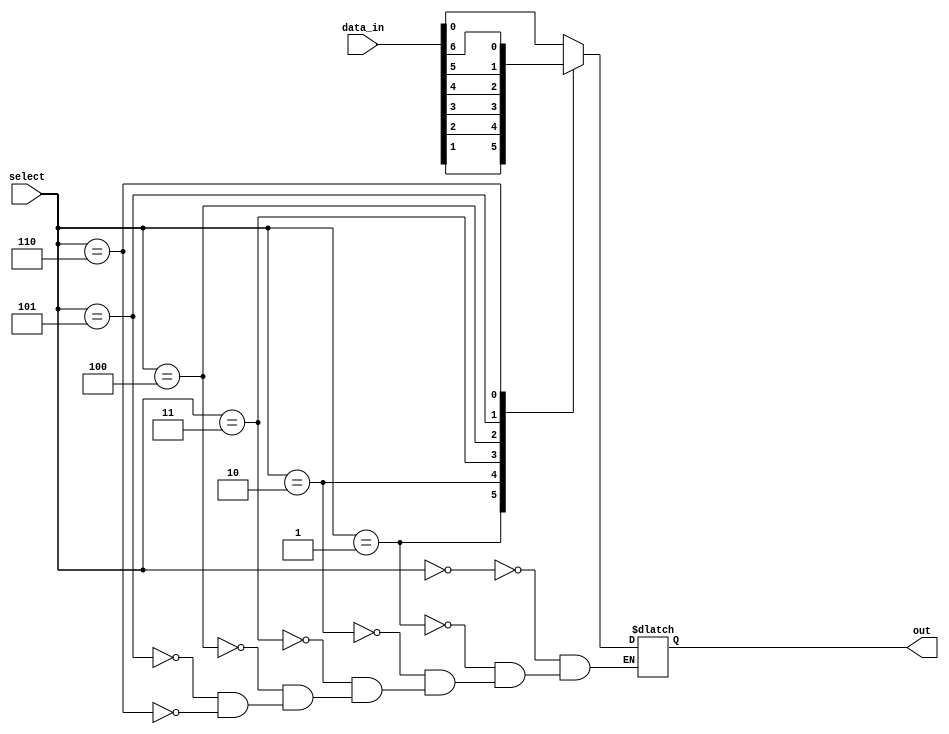
module mux_128to1(
  input [127:0] data_in,
  input [6:0] select,
  output reg out
);

always @(*)
begin
  case(select)
    7'b0000000: out = data_in[0];
    7'b0000001: out = data_in[1];
    7'b0000010: out = data_in[2];
    7'b0000011: out = data_in[3];
    7'b0000100: out = data_in[4];
    7'b0000101: out = data_in[5];
    7'b0000110: out = data_in[6];
    // Continue for all 128 cases
  endcase
end

endmodule